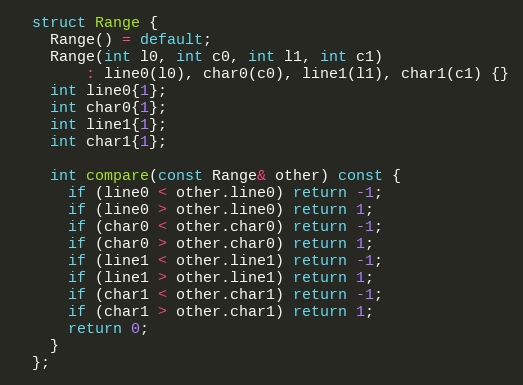
Language: C
  struct Range {
    Range() = default;
    Range(int l0, int c0, int l1, int c1)
        : line0(l0), char0(c0), line1(l1), char1(c1) {}
    int line0{1};
    int char0{1};
    int line1{1};
    int char1{1};

    int compare(const Range& other) const {
      if (line0 < other.line0) return -1;
      if (line0 > other.line0) return 1;
      if (char0 < other.char0) return -1;
      if (char0 > other.char0) return 1;
      if (line1 < other.line1) return -1;
      if (line1 > other.line1) return 1;
      if (char1 < other.char1) return -1;
      if (char1 > other.char1) return 1;
      return 0;
    }
  };